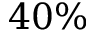
4 0 \%